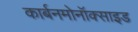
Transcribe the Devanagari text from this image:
कार्बनमोनॉक्साइड